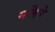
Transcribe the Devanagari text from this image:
सलिने